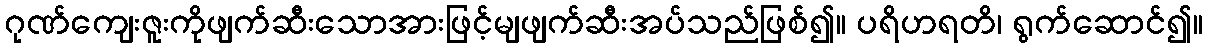
ဂုဏ်ကျေးဇူးကိုဖျက်ဆီးသောအားဖြင့်မျဖျက်ဆီးအပ်သည်ဖြစ်၍။ ပရိဟရတိ၊ ရွက်ဆောင်၍။